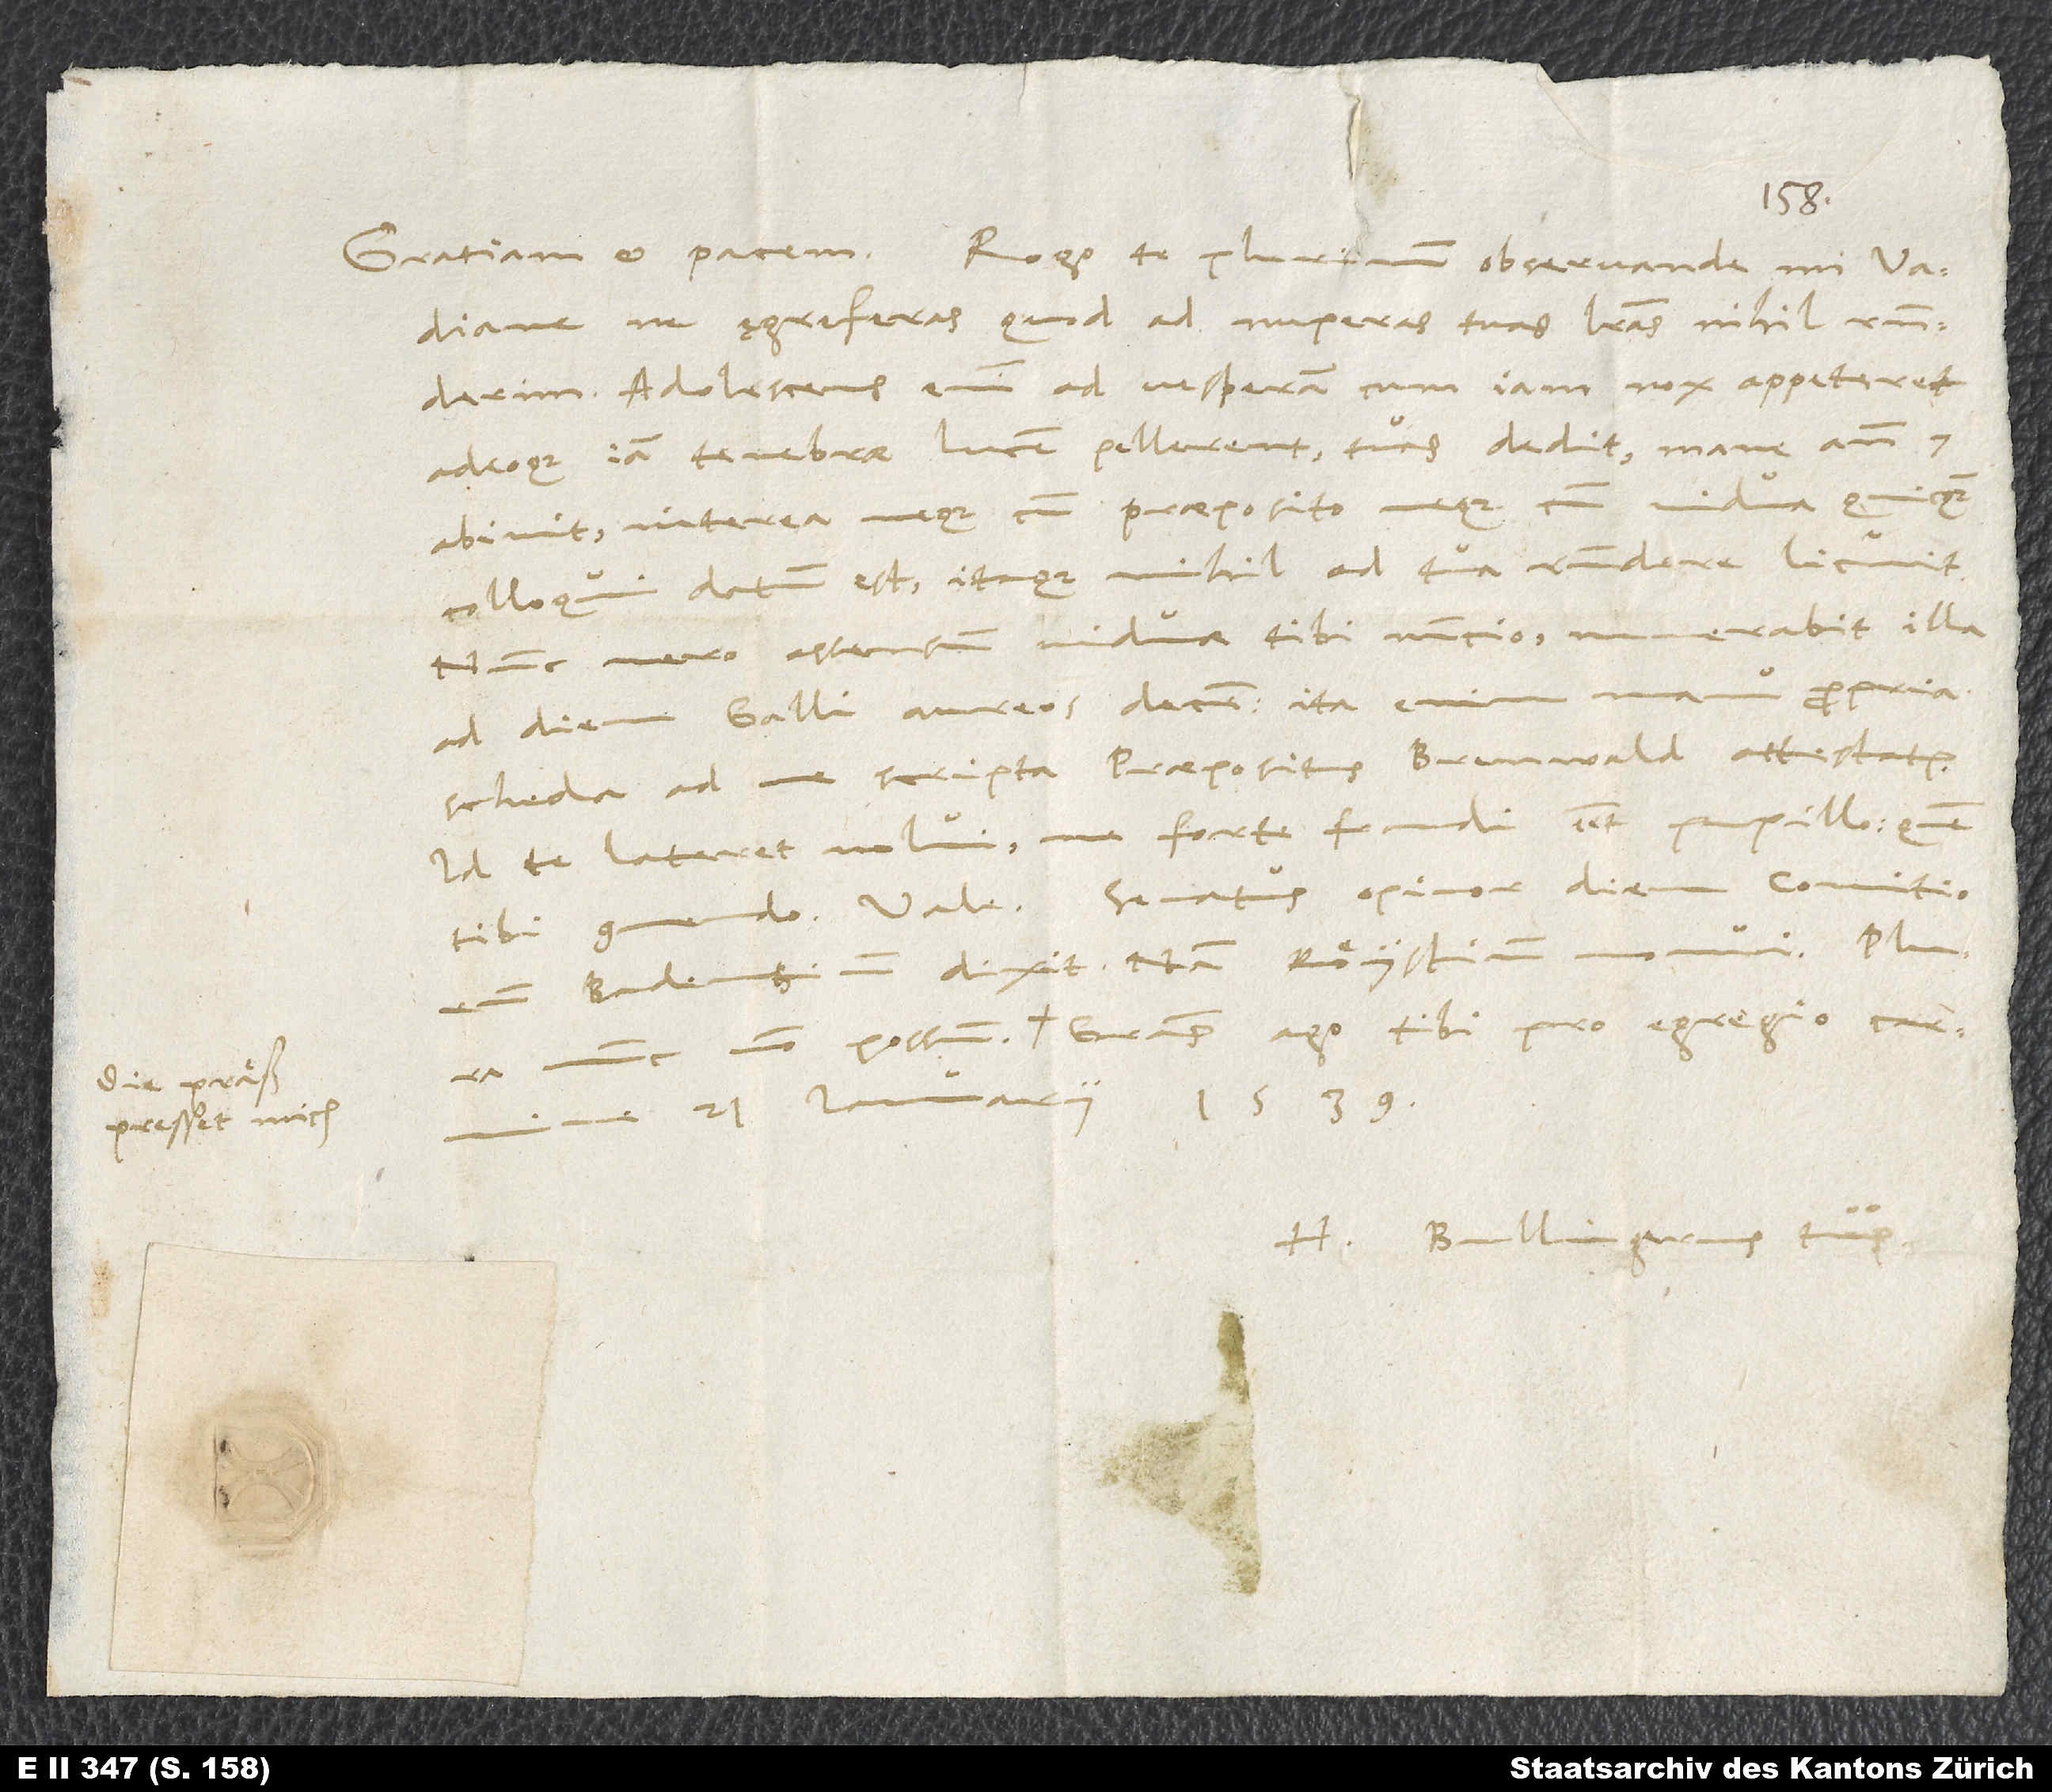
Die präß
presset mich.

Gratiani et pacem. Rogo te, plurimum observande mi Vadiane,
ne ęgre feras, quod ad nuperas tuas literas nihil responderim.
Adolescens enim ad vesperam, cum iam nox appeteret
adeoque iam tenebrae lucem pellerent, tuas dedit; mane ante 7
abivit. Interea neque cum praeposito neque cum vidua quicquam
colloqui datum est; itaque nihil ad tua respondere licuit.
Nunc vero assensum viduae tibi nuntio. Numerabit illa
ad diem Galli aureos decem; ita enim manu propria
scheda ad me scripta praepositus Brenwald attestatur.
Id te lateret, nolui, ne forte fraudi esset pupillo, quem
tibi commendo. Vale. Senatus, opinor, diem comitiorum
Badensium dixit; nam Röystium monui. Plura
21. Ianuarii 1539.
Bullingerus tuus.